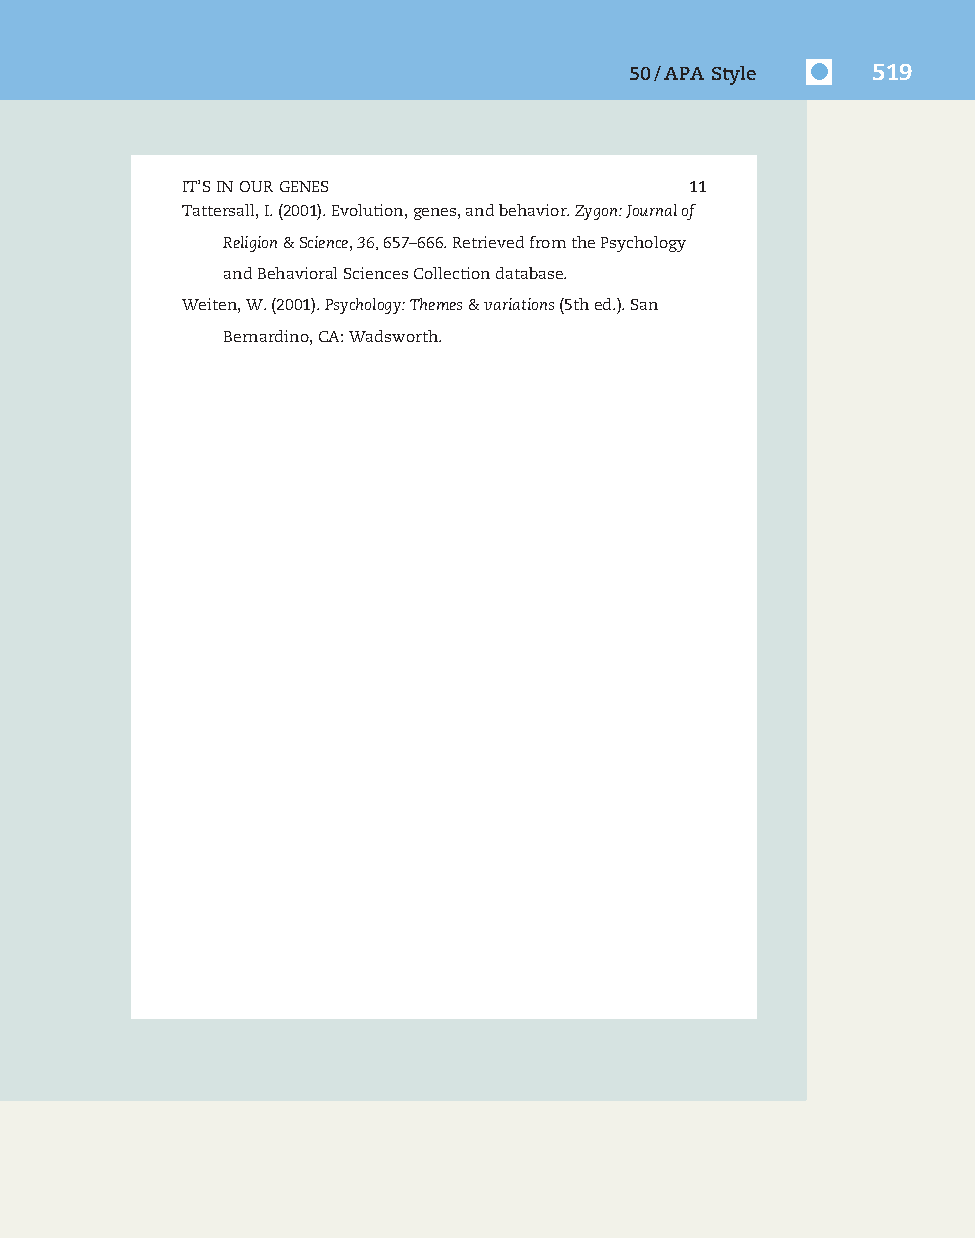
7830_50_p477-520_Q4-7:7830_50_p477-520_Q4-7 10/16/09 3:34 PM Page 519
 50/APA Style    519
 IT’SINOURGENES                    11
 Tattersall,I.(2001).Evolution,genes,andbehavior.Zygon:Journalof
 Religion&Science,36,657–666.RetrievedfromthePsychology
 andBehavioralSciencesCollectiondatabase.
 Weiten,W.(2001).Psychology:Themes&variations(5thed.).San
 Bernardino,CA:Wadsworth.